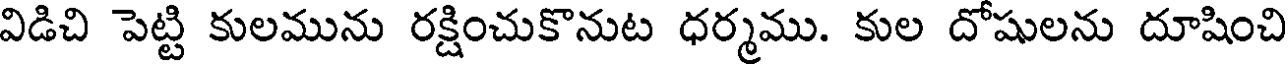
విడిచి పెట్టి కులమును రక్షించుకొనుట ధర్మము. కుల దోషులను దూషించి